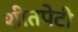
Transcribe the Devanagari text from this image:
शीतपेटी